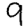
Digit: 9